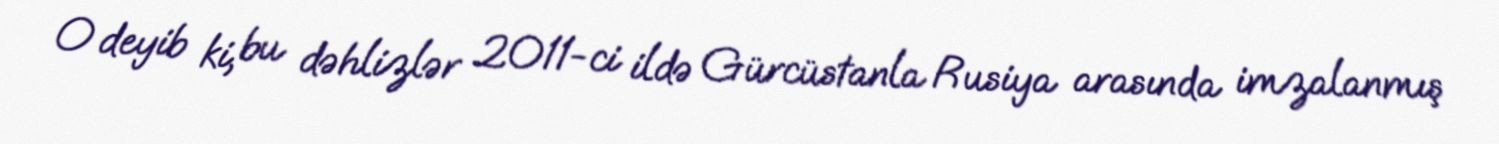
O deyib ki, bu dəhlizlər 2011-ci ildə Gürcüstanla Rusiya arasında imzalanmış